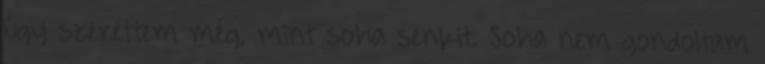
úgy szerettem még, mint soha senkit. Soha nem gondoltam